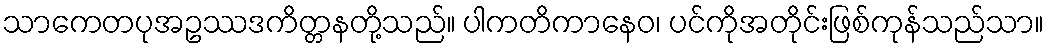
သာကေတပုအဥဿဒကိတ္တနတို့သည်။ ပါကတိကာနေဝ၊ ပင်ကိုအတိုင်းဖြစ်ကုန်သည်သာ။